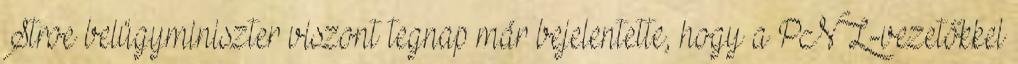
Stroe belügyminiszter viszont tegnap már bejelentette, hogy a PNL-vezetőkkel